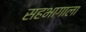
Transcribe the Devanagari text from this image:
सहभागाला